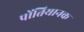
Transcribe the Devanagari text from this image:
पोंतियानक